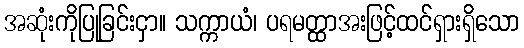
အဆုံးကိုပြုခြင်းငှာ။ သက္ကာယံ၊ ပရမတ္ထာအးဖြင့်ထင်ရှားရှိသော